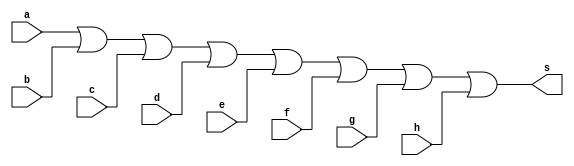
// ----------------
// Extra02 - Mdulo que retorna 1 quando alguma das entradas for igual a 1. 
// Nome: Josemar Alves Caetano
// Matrcula: 448662
// Data: 03/08/2012
// ----------------

// ----------------
// -- or gate 
// ----------------
module orgate(output s, input a, input b, input c, input d, input e, input f, input g, input h);
 assign s = a | b | c | d | e | f | g | h;
endmodule

// ----------------
// -- test orgate
// ----------------
module testorgate;

// ---------------- Dados locais
 reg a, b, c ,d, e, f, g, h; //Definir registradores
 wire s; //Definir conexo (fio)

// ---------------- Intncia
 orgate OR1(s, a, b, c, d, e, f, g, h);
 
// ---------------- Preparao
 initial begin: start
   a = 0; b = 0; c = 0; d = 0; e = 0; f = 0; g = 0; h = 1;
 end

// ---------------- Parte principal
 initial begin:main
   $display("Extra02 - Josemar Alves Caetano - 448662");
	$display("Teste de circuito que retorna 1 quando alguma entrada  igual a 1.");
	$display("\t( a | b | c | d | e | f | g | h )= s\n");
	
	$monitor("\t( %b | %b | %b | %b | %b | %b | %b | %b ) = %b", a, b, c, d, e, f, g, h, s);
   
 end //main

endmodule //testorgate